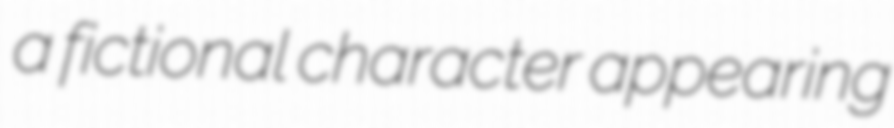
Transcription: a fictional character appearing